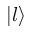
\left| l \right\rangle